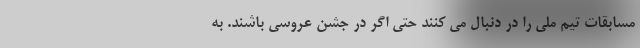
مسابقات تیم ملی را در دنبال می کنند حتی اگر در جشن عروسی باشند. به